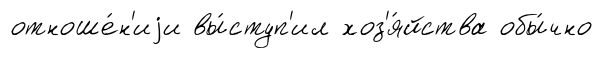
отноше́н'иjи вы́ступ'ил хоз'я́йства обы́чно